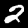
Digit: 2